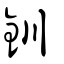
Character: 釧